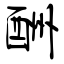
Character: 酬